Civil Veterinary Department. Madras. Admin. report 1926-33 - 1926-1933
Year: 1926
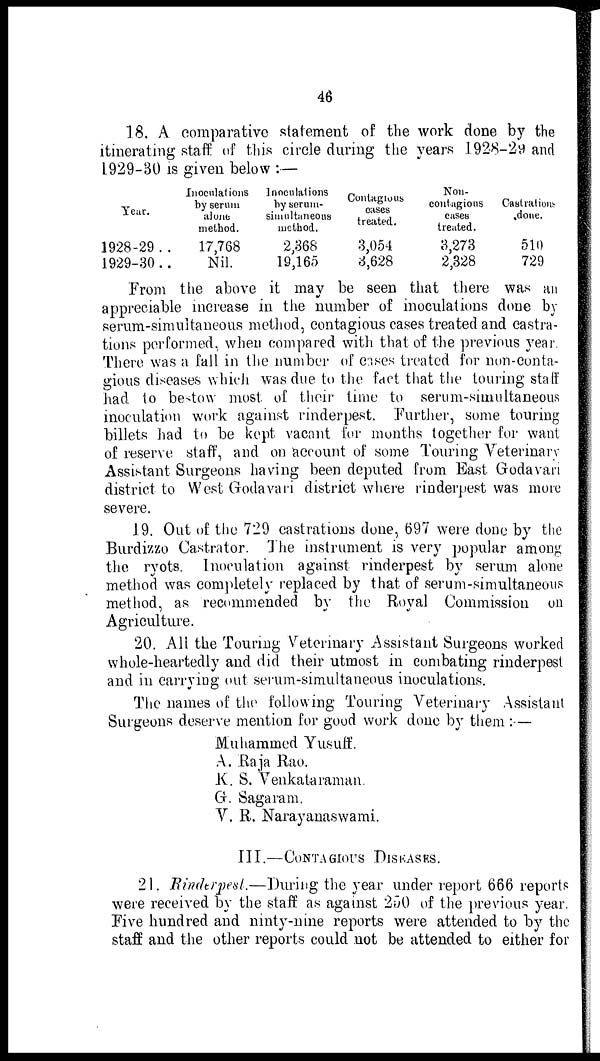
46
18. A comparative statement of the work done by the
itinerating staff of this circle during the years 1928-29 and
1929-30 is given below :—
Year.
1928-29 ..
1929-30 ..
Inoculations
by serum
alone
method.
17,768
Nil.
Inoculations
by serum-
simultaneous
method.
2,368
19,165
Contagious
cases
treated.
3,054
3,628
Non-
contagious
cases
treated.
3,273
2,328
Castrations
done.
510
729
From the above it may be seen that there was an
appreciable increase in the number of inoculations done by
serum-simultaneous method, contagious cases treated and castra-
tions performed, when compared with that of the previous year.
There was a fall in the number of cases treated for non-conta-
gious diseases which was due to the fact that the touring staff
had to bestow most of their time to serum-simultaneous
inoculation work against rinderpest. Further, some touring
billets had to be kept vacant for months together for want
of reserve staff, and on account of some Touring Veterinary
Assistant Surgeons having been deputed from East Godavari
district to West Godavari district where rinderpest was more
severe.
19. Out of the 729 castrations done, 697 were done by the
Burdizzo Castrator. The instrument is very popular among
the ryots. Inoculation against rinderpest by serum alone
method was completely replaced by that of serum-simultaneous
method, as recommended by the Royal Commission on
Agriculture.
20. All the Touring Veterinary Assistant Surgeons worked
whole-heartedly and did their utmost in combating rinderpest
and in carrying out serum-simultaneous inoculations.
The names of the following Touring Veterinary Assistant
Surgeons deserve mention for good work done by them :—
Muhammed Yusuff.
A. Raja Rao.
K. S. Venkataraman.
G. Sagaram.
V. R. Narayanaswami.
III.—CONTAGIOUS
DISEASES.
21. Rinderpest.—During the year under report 666 reports
were received by the staff as against 250 of the previous year.
Five hundred and ninty-nine reports were attended to by the
staff and the other reports could not be attended to either for